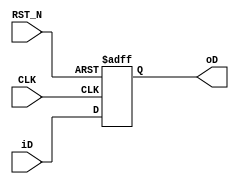
// -----------------------------------------------------------------------------
//  Title         : Common User Library
//  Project       : All projects
// -----------------------------------------------------------------------------
//  Last modified : 
// -----------------------------------------------------------------------------
//  Description   : Common User Library
// -----------------------------------------------------------------------------
//  Copyright (C) 2017 K.Ishiwatari All Rights Reserved.
// -----------------------------------------------------------------------------

`timescale  1ns/1ps

module DFF #(
    parameter   DATA_WIDTH = 1
) (
    input   wire                            CLK,
    input   wire                            RST_N,
    input   wire    [DATA_WIDTH -1: 0]      iD,
    output  reg     [DATA_WIDTH -1: 0]      oD
);

    //
    always @(posedge CLK or negedge RST_N) begin
        if (!RST_N) begin
            oD <= 'h0;
        end else begin
            oD <= iD;
        end
    end

endmodule

module ASYNC_SYNC_RST (
    input   wire                            CLK,
    input   wire                            RST_N,
    output  wire                            SYNC_RST_N
);

    CYCLE_DELAY #( .DATA_WIDTH(1), .DELAY(3) ) m_ASYNC_SYN_GEN( .CLK(CLK), .RST_N(RST_N), .iD(1'b1), .oD(SYNC_RST_N) );

endmodule

module CYCLE_DELAY #(
    parameter   DATA_WIDTH = 1,
    parameter   DELAY = 1
) (
    input   wire                            CLK,
    input   wire                            RST_N,
    input   wire    [DATA_WIDTH -1: 0]      iD,
    output  wire    [DATA_WIDTH -1: 0]      oD
);

    //
    reg     [DATA_WIDTH -1: 0]              dly [0:DELAY -1];

    //
    integer                                 i;

    assign  oD = dly[DELAY -1];

    generate
        if (DELAY == 1) begin :one_bit
            always @(posedge CLK or negedge RST_N) begin
                if (!RST_N) begin
                    dly[0] <= 1'b0;
                end else begin
                    dly[0] <= iD;
                end
            end
        end else begin :multi_bits
            always @(posedge CLK or negedge RST_N) begin
                if (!RST_N) begin
                    for (i=0;i<DELAY;i=i+1) begin:loop_one
                        dly[i] <= 1'b0;
                    end
                end else begin
                    dly[0] <= iD;
                    for (i=0;i<DELAY-1;i=i+1) begin:loop_multi
                        dly[i+1] <= dly[i];
                    end
                end
            end
        end
    endgenerate

endmodule

module DET_EDGE (
    input   wire                            CLK,
    input   wire                            RST_N,
    input   wire                            iS,
    output  wire                            oRISE,
    output  wire                            oFALL
);

    reg                                     dly;

    assign  oRISE =  iS & ~dly;
    assign  oFALL = ~iS &  dly;
    
    always @(posedge CLK or negedge RST_N) begin
        if (!RST_N) begin
            dly <= 1'b0;
        end else begin
            dly <= iS;
        end
    end

endmodule